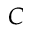
C